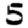
Digit: 5